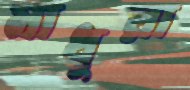
মাধুরা